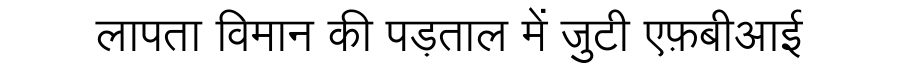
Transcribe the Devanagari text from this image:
लापता विमान की पड़ताल में जुटी एफ़बीआई